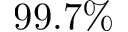
9 9 . 7 \%